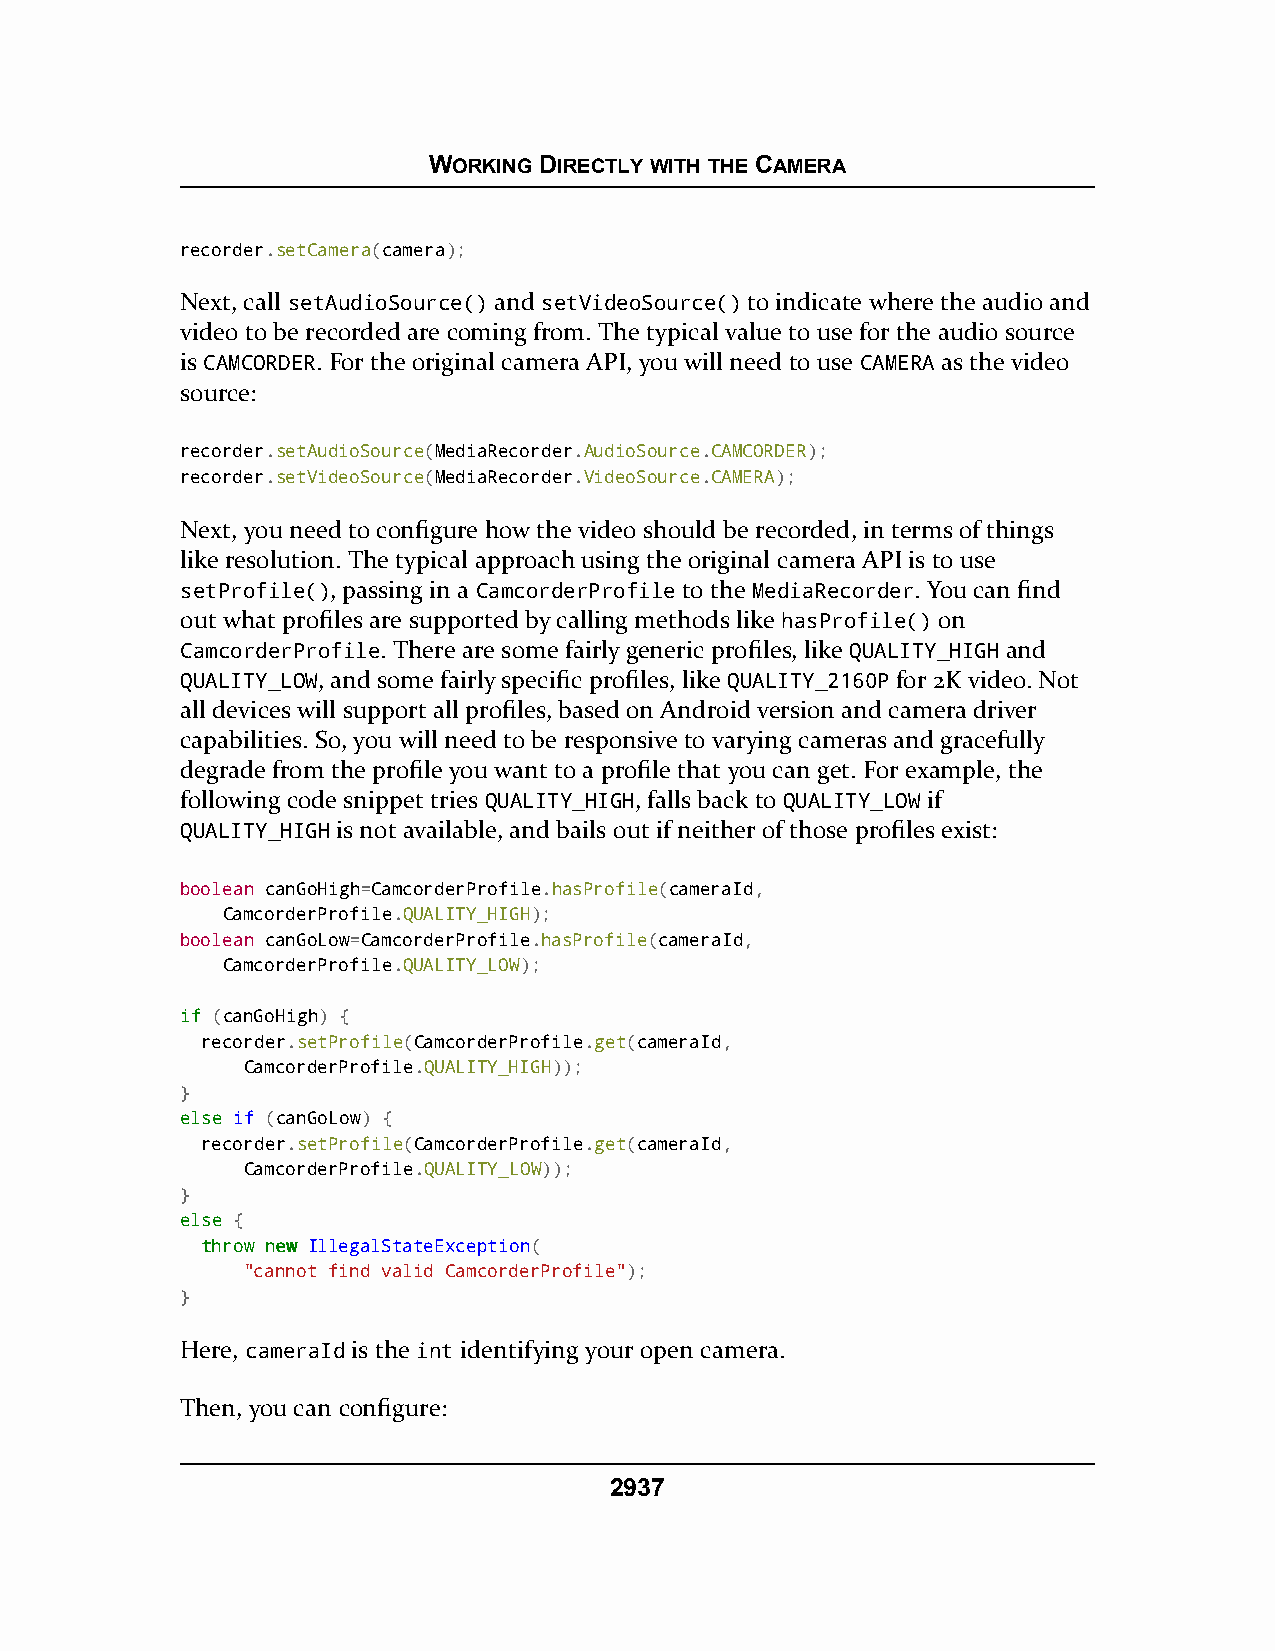
WORKING DIRECTLY WITH THE CAMERA
 recorder.setCamera(camera);
 Next, call setAudioSource() and setVideoSource() to indicate where the audio and
 video to be recorded are coming from. The typical value to use for the audio source
 is CAMCORDER. For the original camera API, you will need to use CAMERA as the video
 source:
 recorder.setAudioSource(MediaRecorder.AudioSource.CAMCORDER);
 recorder.setVideoSource(MediaRecorder.VideoSource.CAMERA);
 Next, you need to configure how the video should be recorded, in terms of things
 like resolution. The typical approach using the original camera API is to use
 setProfile(), passing in a CamcorderProfile to the MediaRecorder. You can find
 out what profiles are supported by calling methods like hasProfile() on
 CamcorderProfile. There are some fairly generic profiles, like QUALITY_HIGH and
 QUALITY_LOW, and some fairly specific profiles, like QUALITY_2160P for 2K video. Not
 all devices will support all profiles, based on Android version and camera driver
 capabilities. So, you will need to be responsive to varying cameras and gracefully
 degrade from the profile you want to a profile that you can get. For example, the
 following code snippet tries QUALITY_HIGH, falls back to QUALITY_LOW if
 QUALITY_HIGH is not available, and bails out if neither of those profiles exist:
 boolean canGoHigh=CamcorderProfile.hasProfile(cameraId,
 CamcorderProfile.QUALITY_HIGH);
 boolean canGoLow=CamcorderProfile.hasProfile(cameraId,
 CamcorderProfile.QUALITY_LOW);
 iiff (canGoHigh) {
 recorder.setProfile(CamcorderProfile.get(cameraId,
 CamcorderProfile.QUALITY_HIGH));
 }
 eellssee if (canGoLow) {
 recorder.setProfile(CamcorderProfile.get(cameraId,
 CamcorderProfile.QUALITY_LOW));
 }
 eellssee {
 tthhrrooww nneeww IllegalStateException(
 "cannot find valid CamcorderProfile");
 }
 Here, cameraId is the int identifying your open camera.
 Then, you can configure:
 2937